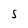
Character: S